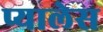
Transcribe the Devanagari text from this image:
प्यालेस